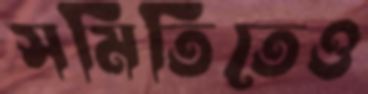
সমিতিতেও